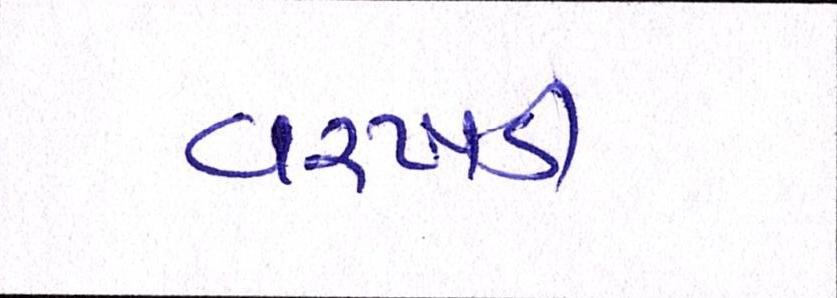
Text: વરખડી